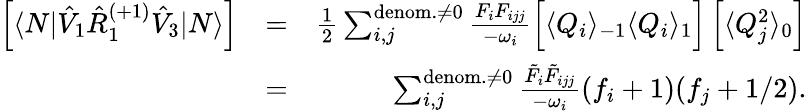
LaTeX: \begin{array}{rlr}{\left[\langle N|\hat{V}_{1}\hat{R}_{1}^{(+1)}\hat{V}_{3}|N\rangle\right]}&{=}&{\frac{1}{2}\sum_{i,j}^{\mathrm{denom.}\neq 0}\frac{F_{i}F_{ijj}}{-\omega_{i}}\Big[\langle Q_{i}\rangle_{-1}\langle Q_{i}\rangle_{1}\Big]\left[\langle Q_{j}^{2}\rangle_{0}\right]}\\ &{=}&{\sum_{i,j}^{\mathrm{denom.}\neq 0}\frac{\tilde{F}_{i}\tilde{F}_{ijj}}{-\omega_{i}}(f_{i}+1)(f_{j}+1/2).}\end{array}